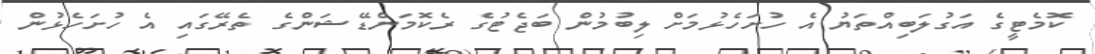
ކޮމެޓީގެ އަގުލަބިއްތަޔު އެ ހުށަހެޅުމަށް ލިބުމުން ބަޖެޓުގެ ރެކޮމަންޑޭޝަންގެ ތެރޭގައި އެ ހުށަހެޅުން